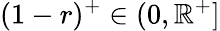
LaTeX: (1-r)^{+}\in(0,\mathbb{R}^{+}]